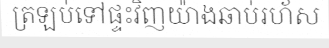
ត្រឡប់ទៅផ្ទះវិញយ៉ាងឆាប់រហ័ស